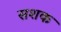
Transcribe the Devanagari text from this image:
सशक